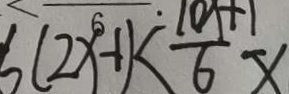
6 ( 2 x - 1 ) < \frac { 1 0 x + 1 } { 6 } x